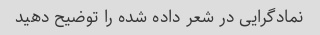
نمادگرایی در شعر داده شده را توضیح دهید